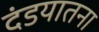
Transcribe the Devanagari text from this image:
दंडयातना